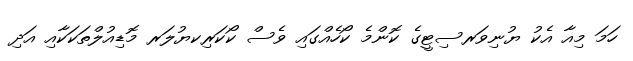
ހަމަ މިއާ އެކު ޔުނިވަރސިޓީގެ ކޮންމެ ކޯހެއްގައި ވެސް ކޯކަރިކޔުލަރ މޮޑިއުލްތަކަކާއި އަދި